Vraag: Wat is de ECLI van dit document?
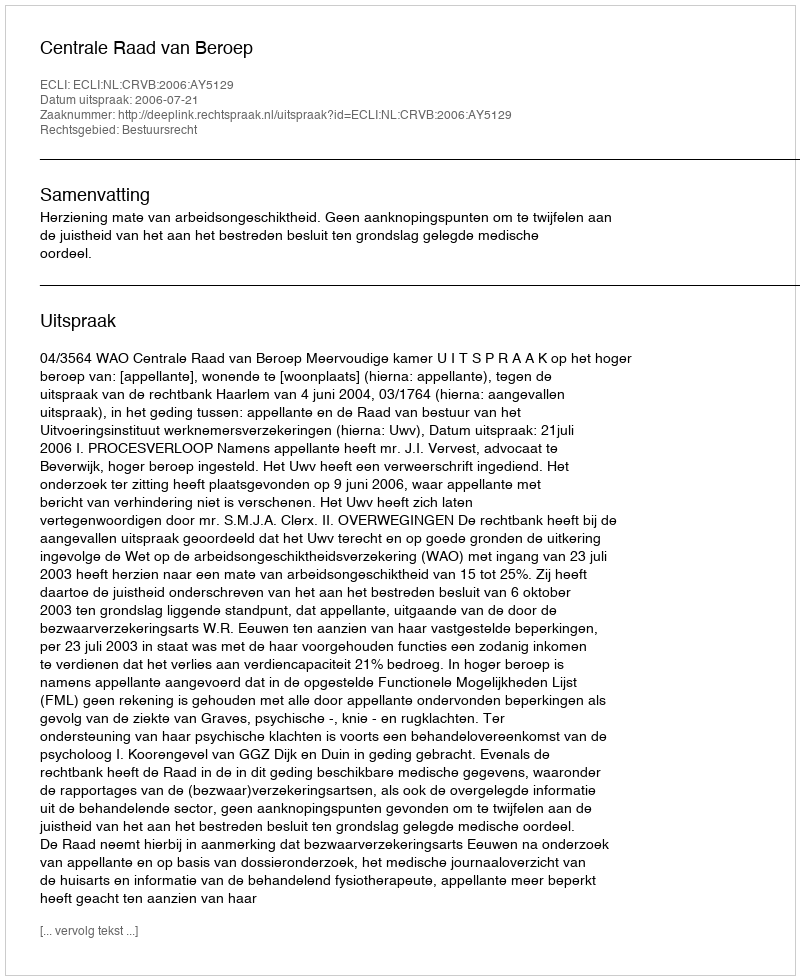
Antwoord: ECLI:NL:CRVB:2006:AY5129